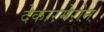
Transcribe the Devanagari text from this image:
देकारमेरोन